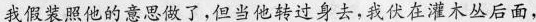
我假装照他的意思做了,但当他转过身去，我伏在灌木丛后面，